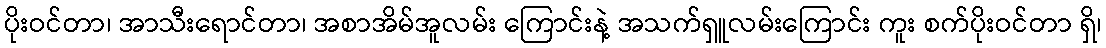
ပိုးဝင်တာ၊ အာသီးရောင်တာ၊ အစာအိမ်အူလမ်း ကြောင်းနဲ့ အသက်ရှူလမ်းကြောင်း ကူး စက်ပိုးဝင်တာ ရှိ၊